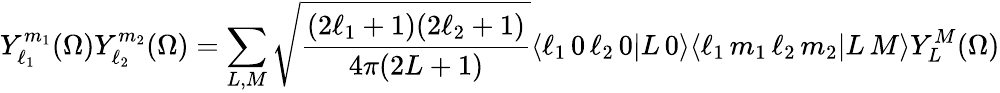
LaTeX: Y_{\ell_{1}}^{m_{1}}(\Omega)Y_{\ell_{2}}^{m_{2}}(\Omega)=\sum_{L,M}{\sqrt{\frac{(2\ell_{1}+1)(2\ell_{2}+1)}{4\pi(2L+1)}}}\langle\ell_{1}\, 0\, \ell_{2}\, 0|L\, 0\rangle\langle\ell_{1}\, m_{1}\, \ell_{2}\, m_{2}|L\, M\rangle Y_{L}^{M}(\Omega)